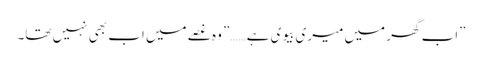
”اب گھر میں میری بیوی ہے……” وہ غصے میں اب بھی نہیں تھا۔